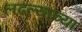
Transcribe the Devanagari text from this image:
लढल्याच्या